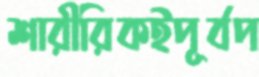
শারীরিকইপূর্বপ